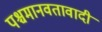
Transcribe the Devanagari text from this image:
पश्चमानवतावादी